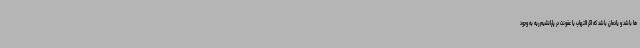
ها باشد و یادمان باشد که اگر التهاب یا عفونت در پارانشیم ریه به وجود